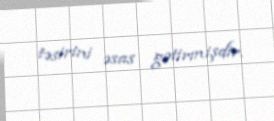
təsirini əsas gətirmişdir.